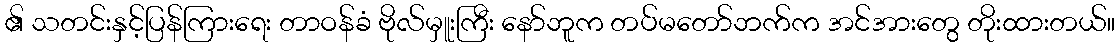
၏ သတင်းနှင့်ပြန်ကြားရေး တာဝန်ခံ ဗိုလ်မှူးကြီး နော်ဘူက တပ်မတော်ဘက်က အင်အားတွေ တိုးထားတယ်။